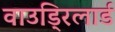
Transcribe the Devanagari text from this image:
वाउड्रिलार्ड